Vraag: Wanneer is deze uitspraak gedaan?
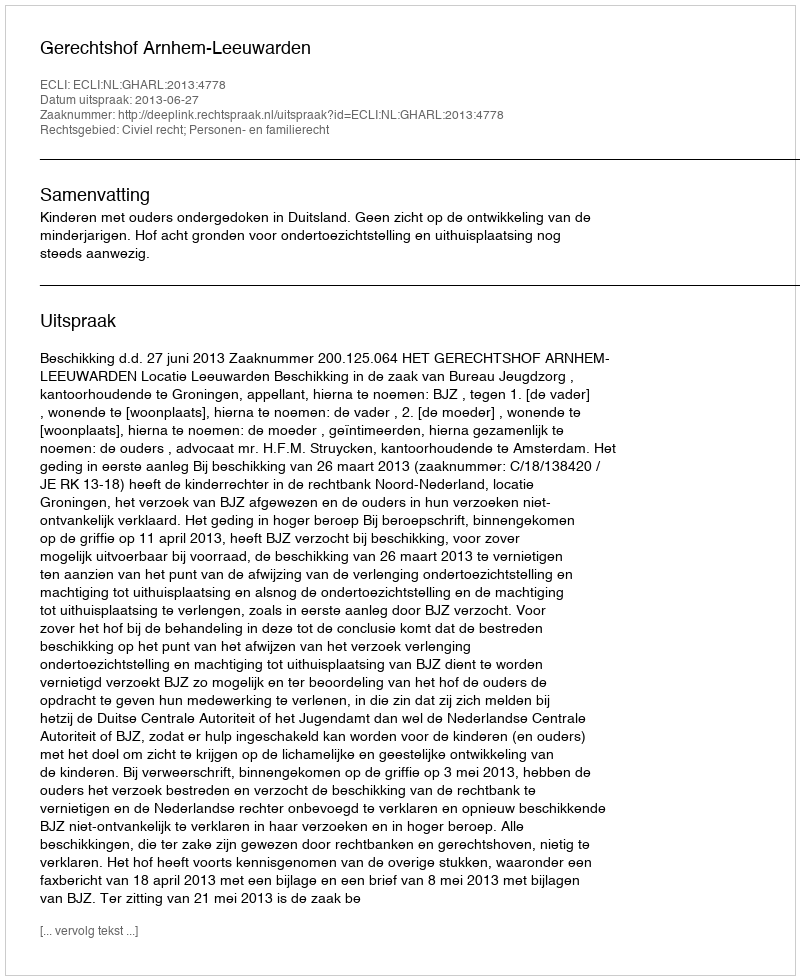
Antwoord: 2013-06-27